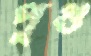
পুগু